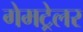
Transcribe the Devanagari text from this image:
गेमट्रेलर